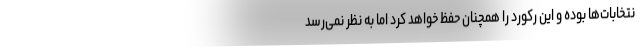
نتخابات‌ها بوده و این رکورد را همچنان حفظ خواهد کرد اما به نظر نمی‌رسد